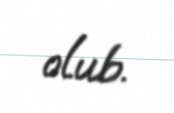
olub.